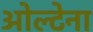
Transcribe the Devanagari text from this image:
ओल्टेना